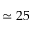
\simeq 2 5